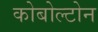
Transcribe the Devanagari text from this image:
कोबोल्टोन